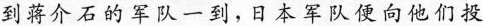
到蒋介石的军队一到，日本军队便向他们投